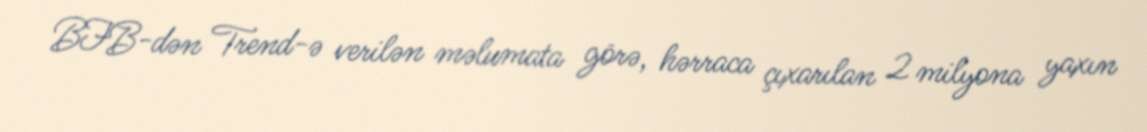
BFB-dən Trend-ə verilən məlumata görə, hərraca çıxarılan 2 milyona yaxın